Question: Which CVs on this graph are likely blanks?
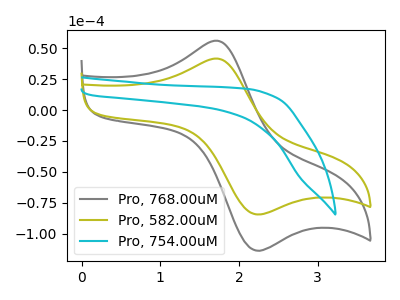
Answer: <think>The gray curve "Pro, 768.00uM" has an anodic peak at (1.70V, 56.15uA) and a cathodic peak at (2.20V, -113.20uA). The olive curve "Pro, 582.00uM" has an anodic peak at (1.70V, 41.70uA) and a cathodic peak at (2.20V, -84.05uA). The cyan curve "Pro, 754.00uM" has no peaks.</think>
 <answer>"Pro, 754.00uM" is likely to be a blank.</answer>
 <eval>Pro, 754.00uM</eval>